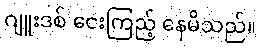
ဂျူးဒစ် ငေးကြည့် နေမိသည်။